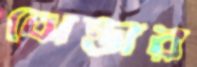
ঝেন্ডার